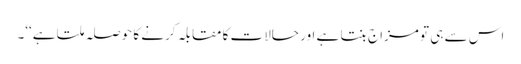
اس سے ہی تو مزاج بنتا ہے اور حالات کا مقابلہ کرنے کا حوصلہ ملتا ہے‘‘۔